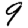
Digit: 9